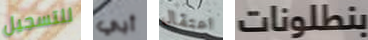
للتسجيل أبي اعتقال بنطلونات